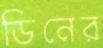
ডিনের